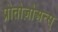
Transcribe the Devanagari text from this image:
प्रोतोज़ोअन्स्